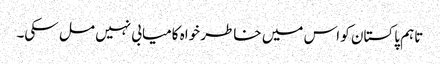
تاہم پاکستان کو اس میں خاطر خواہ کامیابی نہیں مل سکی۔